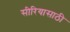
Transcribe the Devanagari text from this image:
सीरियासाठी